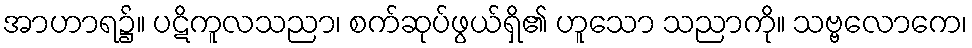
အာဟာရ၌။ ပဋိကူလသညာ၊ စက်ဆုပ်ဖွယ်ရှိ၏ ဟူသော သညာကို။ သဗ္ဗလောကေ၊